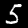
Digit: 5